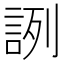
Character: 𧧋